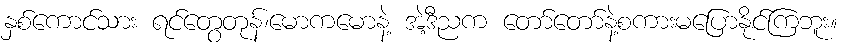
နှစ်ကောင်သား ရင်တွေတုန်၊မောကမောနဲ့ အဲ့ဒီညက တော်တော်နဲ့စကားမပြောနိုင်ကြဘူး။